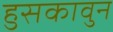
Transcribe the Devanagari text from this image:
हुसकावुन